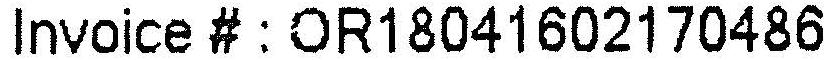
INVOICE # : OR18041602170486